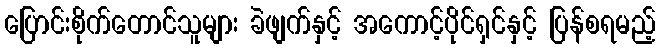
ပြောင်းစိုက်တောင်သူများ ခဲဖျက်နှင့် အကောင့်ပိုင်ရှင်နှင့် ပြန်စရမည့်